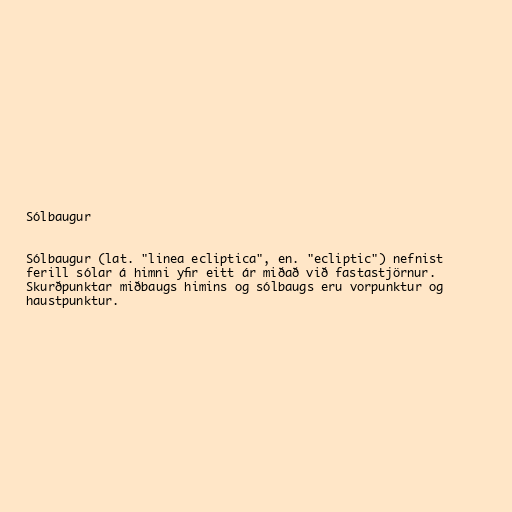
Sólbaugur

Sólbaugur (lat. "linea ecliptica", en. "ecliptic") nefnist
ferill sólar á himni yfir eitt ár miðað við fastastjörnur.
Skurðpunktar miðbaugs himins og sólbaugs eru vorpunktur og
haustpunktur.